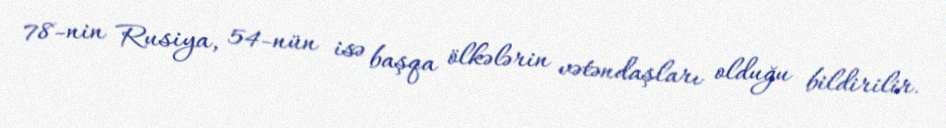
78-nin Rusiya, 54-nün isə başqa ölkələrin vətəndaşları olduğu bildirilir.